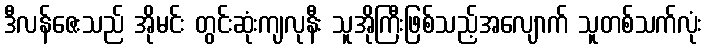
ဒီလန်ဇေးသည် အိုမင်း တွင်းဆုံးကျလုနီး သူအိုကြီးဖြစ်သည့်အလျောက် သူတစ်သက်လုံး